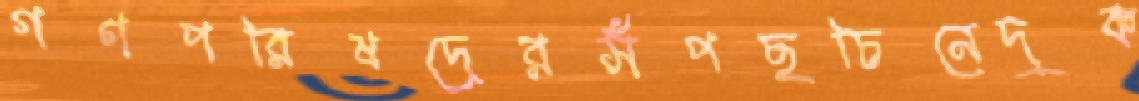
গণপরিষদেরসঁপছচিনেদুক